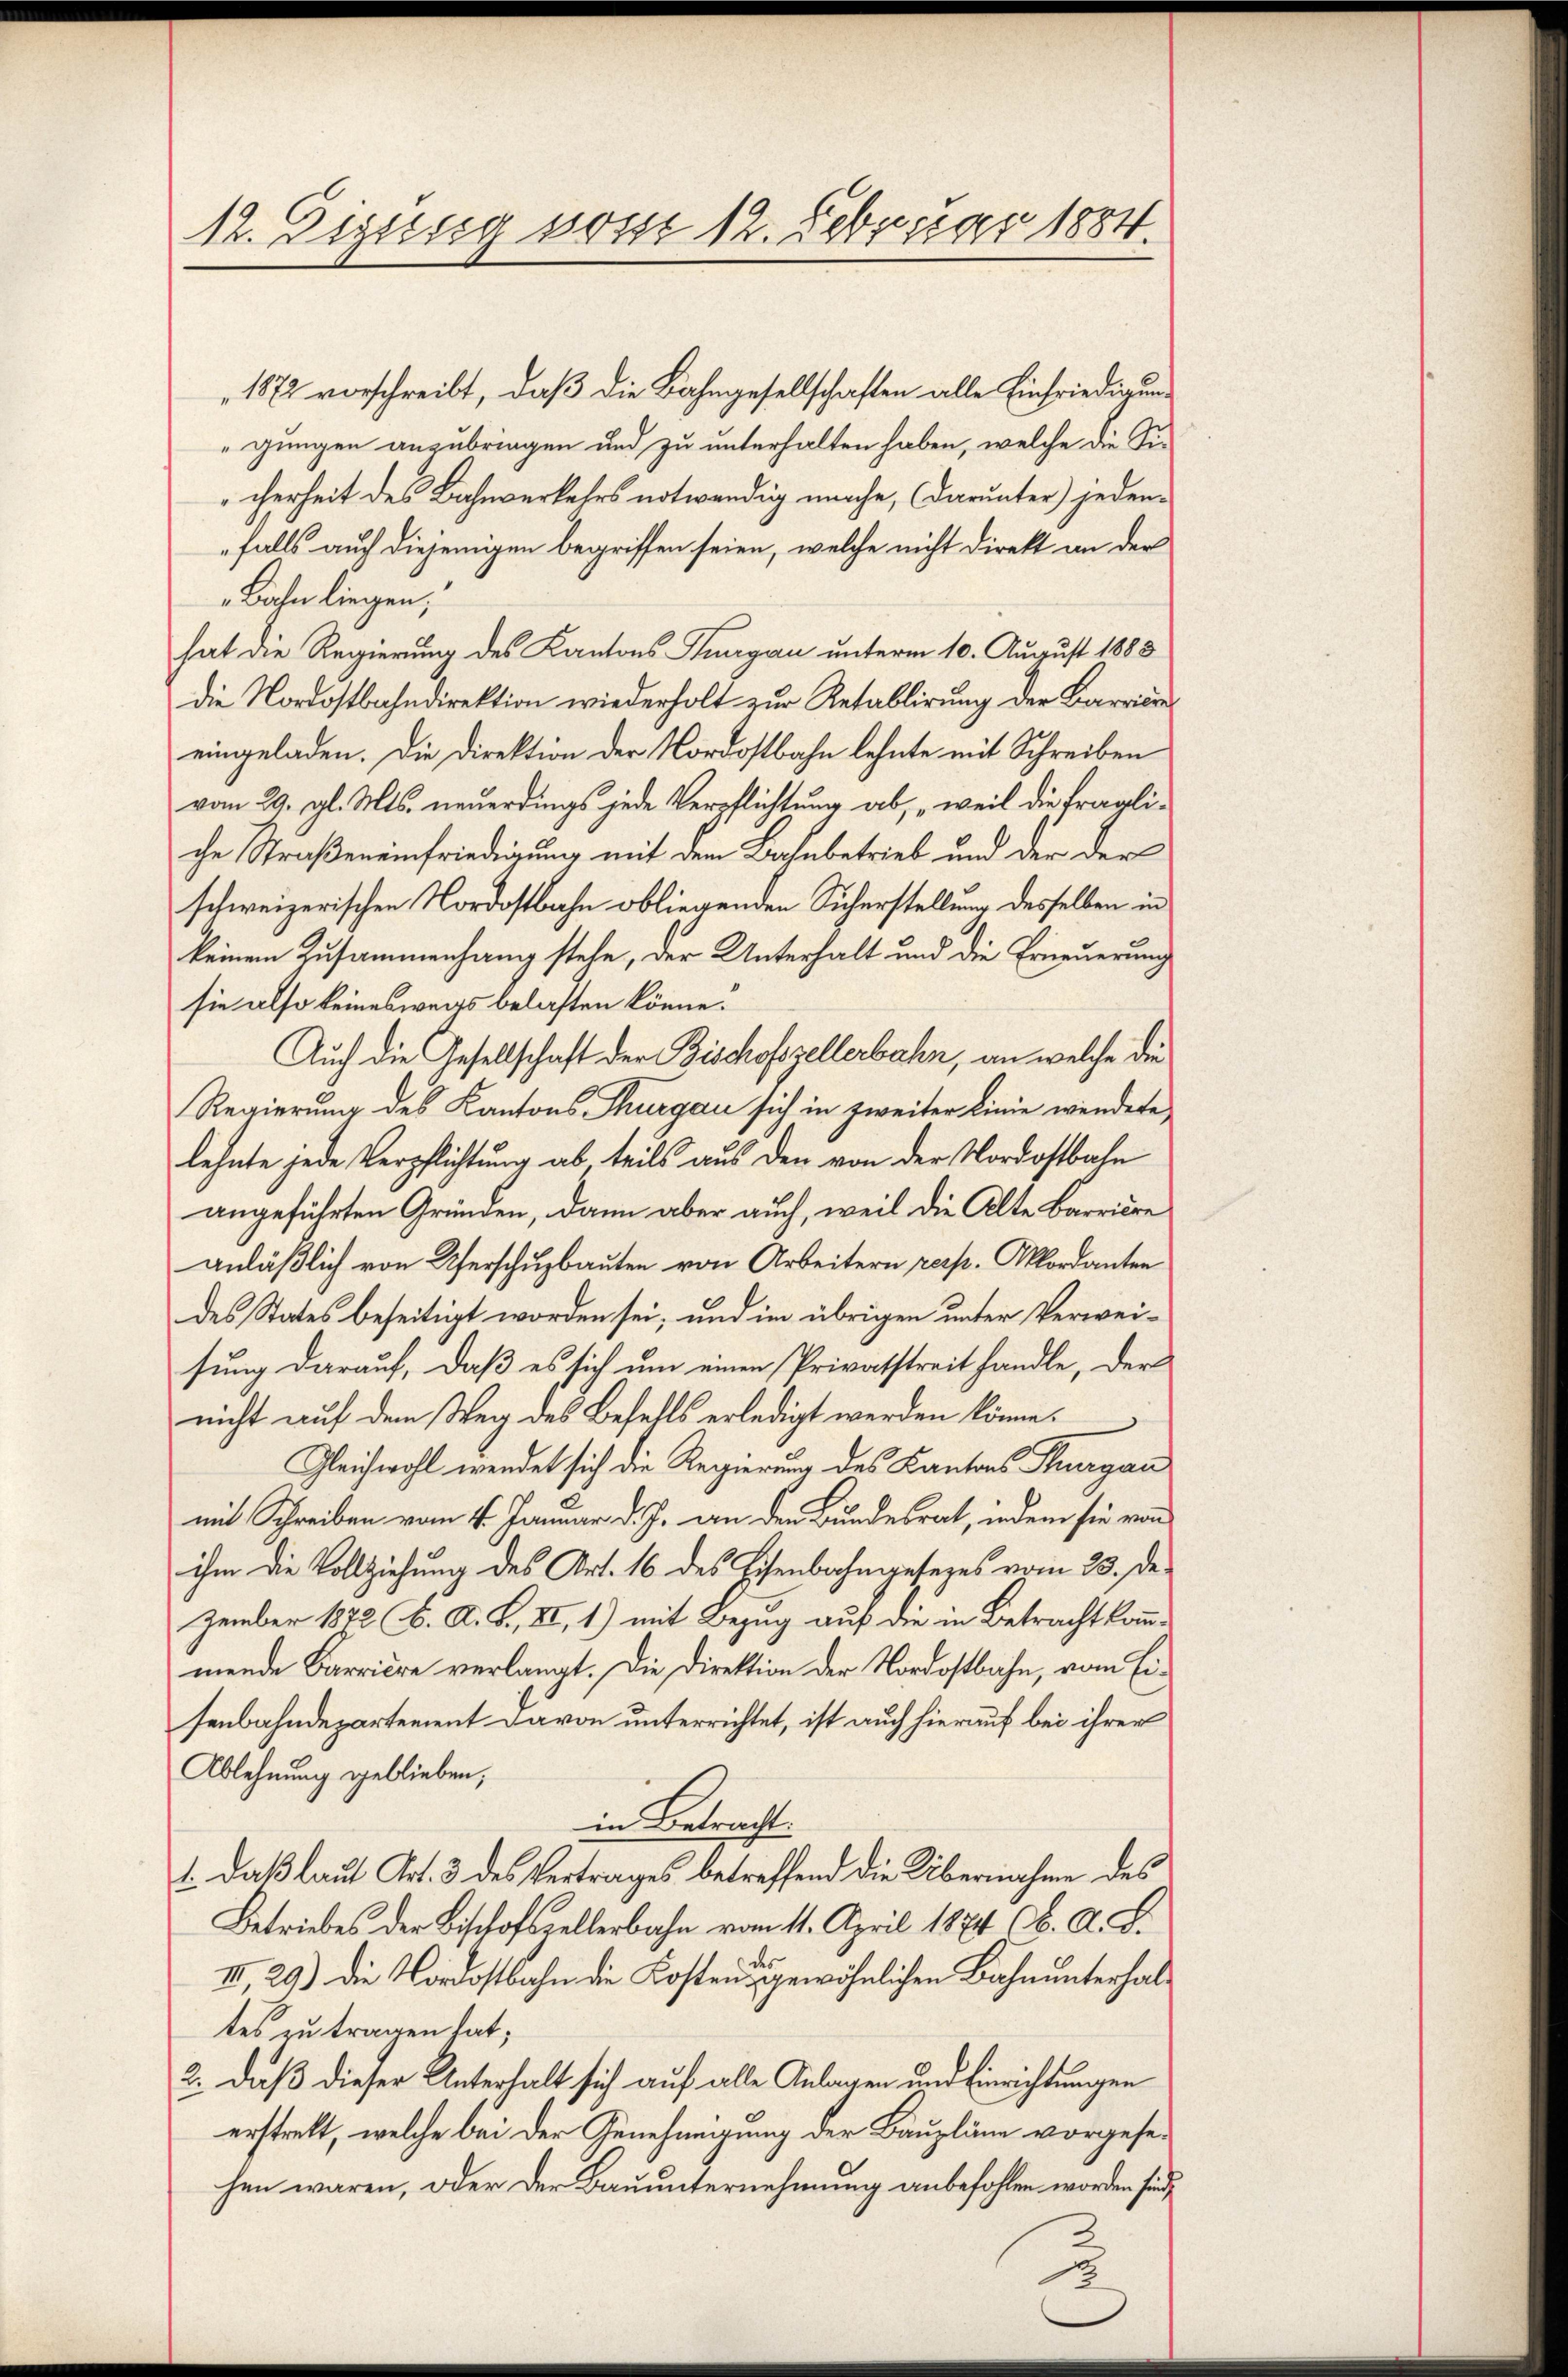
12. Diesig vom 12. Februar 1884.

1872 vorschreibt, daß die Bahngesellschaften alle Einfriedigungungen anzubringen und zu unterhalten haben, welche die Sicherheit des Bahnverkehrs notwendig mache, (darunter) jeden-
falls auch diejenigen begriffen seien, welche nicht direkt an der
Bahn liegen;
hat die Regierung des Kantons Thurgau unterm 10. August 1888
die Nordostbahndirektion wiederholt zur Retablirung der Barriere
eingeladen. Die Direktion der Nordostbahn lehnte mit Schreiben
vom 29. gl. Mts. neuerdings jede Verpflichtung ab, „weil die fragliche Straßeneinfriedigung mit dem Bahnbetrieb und der der
schweizerischen Nordostbahn obliegenden Sicherstellung desselben in
keinem Zusammenhang stehe, der Unterhalt und die Erneuerung
sie also keineswegs belasten könne.
Auch die Gesellschaft der Bischofszellerbahn, an welche die
Regierung des Kantons Thurgau sich in zweiter Linie wendete
lehnte jede Verpflichtung ab teils aus den von der Nordostbahn
angeführten Gründen, dann aber auch, weil die Alte Barriere
anläßlich von Uferschuzbauten von Arbeitern resp. Akkordanten
des States beseitigt worden sei, und im übrigen unter Verweisung darauf, daß es sich um einen Privatstreit handle, der
nicht auf dem Weg des Befehls erledigt werden könne.
Gleichwohl wendet sich die Regierung des Kantons Thurgau
mit Schreiben vom 4. Januar d. J. an den Bundesrat, indem sie von
ihm die Vollziehung des Art. 16 des Eisenbahngesezes vom 23. Dezember 1872 K. A. B., II, 1) mit Bezug auf die in Betracht kommmende Barriere verlangt. Die Direktion der Nordostbahn, vom Eisenbahndepartement davon unterrichtet, ist auch hierauf bei ihrer
Ablehnung geblieben,
in Betracht.
1. Daß laut Art. 3 des Vertrages betreffend die Übernahme des
Betriebes der Bischofszellerbahn vom 11. April 1874 (b. A. S.
II, 29) Die Nordostbahn die Kostens gewöhnlichen Bahnunterhaltes zu tragen hat;
2. daß dieser Unterhalt sich auf alle Anlagen und Einrichtungen
erstrett, welche bei der Genehmigung der Baupläne vorgesehen waren, oder der Bauunternehmung anbefohlen worden sind,